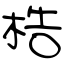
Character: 梏